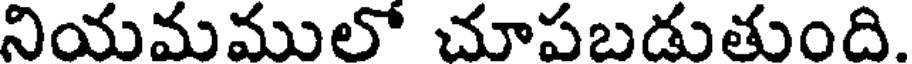
నియమములో చూపబడుతుంది.